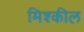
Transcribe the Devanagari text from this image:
मिश्कील